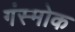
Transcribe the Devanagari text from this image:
गंस्मोक